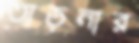
তাড়নার